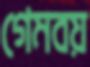
গেমবয়